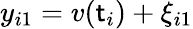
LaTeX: y_{i1}=v(\mathsf{t}_{i})+\xi_{i1}